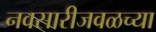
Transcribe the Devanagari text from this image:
नवसारीजवळच्या